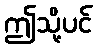
ဤသို့ပင်